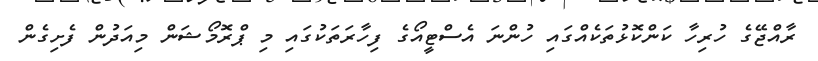
ރާއްޖޭގެ ހުރިހާ ކަންކޮޅުތަކެއްގައި ހުންނަ އެސްޓީއޯގެ ފިހާރަތަކުގައި މި ޕްރޮމޯޝަން މިއަދުން ފެށިގެން